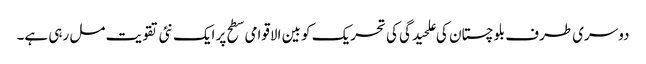
دوسری طرف بلوچستان کی علحیدگی کی تحریک کو بین الاقوامی سطح پر ایک نئی تقویت مل رہی ہے۔